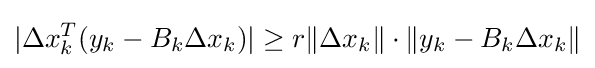
|\Delta x_{k}^{T}(y_{k}-B_{k}\Delta x_{k})|\geq r\|\Delta x_{k}\|\cdot \|y_{k}-B_{k}\Delta x_{k}\|